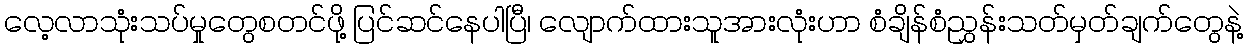
လေ့လာသုံးသပ်မှုတွေစတင်ဖို့ ပြင်ဆင်နေပါပြီ၊ လျောက်ထားသူအားလုံးဟာ စံချိန်စံညွှန်းသတ်မှတ်ချက်တွေနဲ့